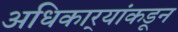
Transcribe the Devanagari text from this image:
अधिकार्‍यांकडून